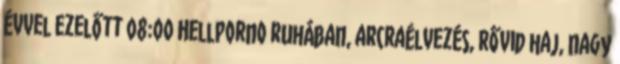
évvel ezelőtt 08:00 HellPorno ruhában, arcraélvezés, rővid haj, nagy